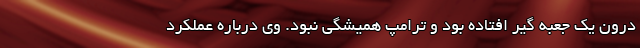
درون یک جعبه گیر افتاده بود و ترامپ همیشگی نبود. وی درباره عملکرد